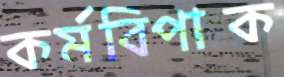
কর্মবিপাক